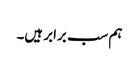
ہم سب برابر ہیں۔